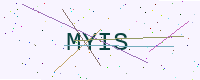
Text: MYIS